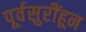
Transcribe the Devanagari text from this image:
पूर्वसुरींहून